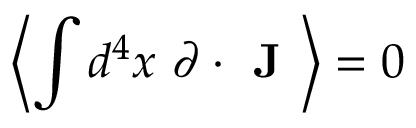
\left\langle \int d ^ { 4 } x ~ \partial \cdot { \textbf { J } } \right\rangle = 0